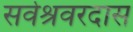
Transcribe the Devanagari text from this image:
सर्वेश्रवरदास